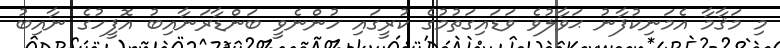
މި މަޤާމާ އެމަނިކުފާނު ޙަވާލުވެ ވަޑައިގަތުމުގެ ކުރީގައި ހުންނެވީ ބަންޑާރަނާއިބު އޮފީހުގެ ނާއިބު